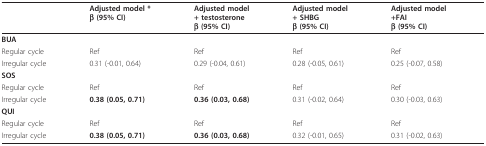
|  | Adjusted model *β (95% CI) | Adjusted model+ testosteroneβ (95% CI) | Adjusted model+ SHBGβ (95% CI) | Adjusted model+FAIβ (95% CI) |
 | --- | --- | --- | --- | --- |
 | BUA |  |  |  |  |
 | Regular cycle | Ref | Ref | Ref | Ref |
 | Irregular cycle | 0.31 (-0.01, 0.64) | 0.29 (-0.04, 0.61) | 0.28 (-0.05, 0.61) | 0.25 (-0.07, 0.58) |
 | SOS |  |  |  |  |
 | Regular cycle | Ref | Ref | Ref | Ref |
 | Irregular cycle | 0.38 (0.05, 0.71) | 0.36 (0.03, 0.68) | 0.31 (-0.02, 0.64) | 0.30 (-0.03, 0.63) |
 | QUI |  |  |  |  |
 | Regular cycle | Ref | Ref | Ref | Ref |
 | Irregular cycle | 0.38 (0.05, 0.71) | 0.36 (0.03, 0.68) | 0.32 (-0.01, 0.65) | 0.31 (-0.02, 0.63) |